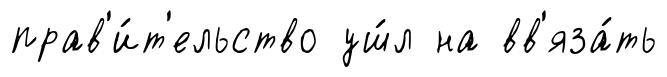
прав'и́т'ельство уш́л на вв'яза́ть